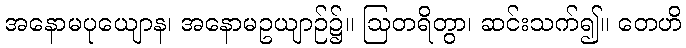
အနောမပုယျောန၊ အနောမဥယျာဉ်၌။ ဩတရိတွာ၊ ဆင်းသက်၍။ တေဟိ